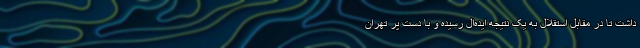
داشت تا در مقابل استقلال به یک نتیجه ایده‌ال رسیده و با دست پر تهران